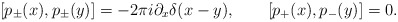
\begin{align*}[ p_\pm(x), p_\pm(y) ] = - 2\pi i \partial_x \delta(x-y),\qquad [ p_+(x), p_-(y) ] = 0.\end{align*}